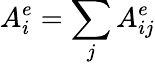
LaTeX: A_{i}^{e}=\sum_{j}A_{ij}^{e}